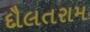
દૌલતરામ